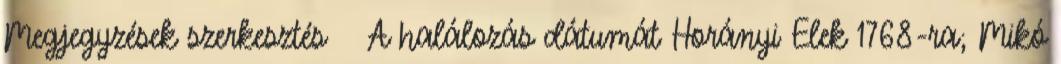
Megjegyzések szerkesztés ↑ A halálozás dátumát Horányi Elek 1768-ra; Mikó